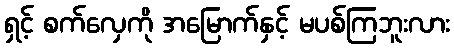
ရှင့် စက်လှေကို အမြောက်နှင့် မပစ်ကြဘူးလား